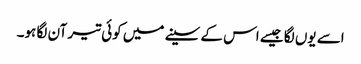
اسے یوں لگا جیسے اس کے سینے میں کوئی تیر آن لگا ہو۔